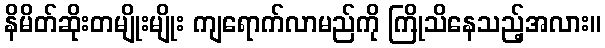
နိမိတ်ဆိုးတမျိုးမျိုး ကျရောက်လာမည်ကို ကြိုသိနေသည့်အလား။